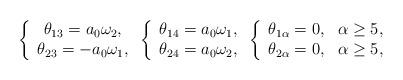
LaTeX: \begin{align*}\left\{\begin{array}{cc}\theta_{13}=a_0\omega_2,\\\theta_{23}=-a_0\omega_1,\\\end{array}\right.\left\{\begin{array}{cc}\theta_{14}=a_0\omega_1,\\\theta_{24}=a_0\omega_2,\\\end{array}\right.\left\{\begin{array}{cc}\theta_{1\alpha}=0,~~\alpha\geq 5,\\\theta_{2\alpha}=0,~~\alpha\geq 5,\\\end{array}\right.\end{align*}